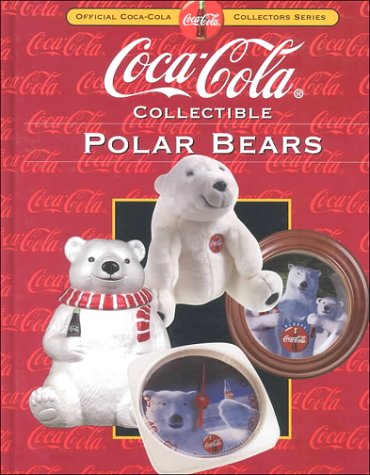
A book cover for Coca-Cola Collectible Polar Bears (Collector's Guide to Coca Cola Items Series); Beckett Publications; Crafts, Hobbies & Home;